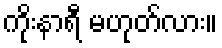
ကိုးနာရီ မဟုတ်လား။